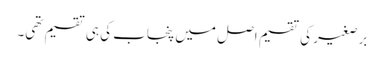
برصغیر کی تقسیم اصل میں پنجاب کی ہی تقسیم تھی۔